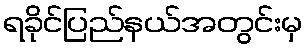
ရခိုင်ပြည်နယ်အတွင်းမှ